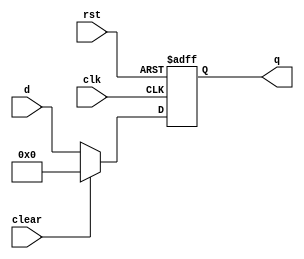
`timescale 1ns / 1ps
//////////////////////////////////////////////////////////////////////////////////
// Company: 
// Engineer: 
// 
// Design Name: 
// Module Name: floprc
// Project Name: 
// Target Devices: 
// Tool Versions: 
// Description: 
// 
// Dependencies: 
// 
// Revision:
// Revision 0.01 - File Created
// Additional Comments:
// 
//////////////////////////////////////////////////////////////////////////////////


module floprc #(parameter WIDTH=8) (
    input clk, rst, clear,
    input [WIDTH-1:0] d,
    output reg [WIDTH-1:0] q
    );

    always@(posedge clk, posedge rst) begin
        if(rst) begin
            q <= 0; 
        end

        else if(clear) begin
            q <= 0;
        end

        else begin
            q <= d;
        end
    end 
endmodule